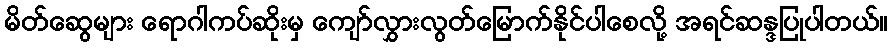
မိတ်ဆွေများ ရောဂါကပ်ဆိုးမှ ကျော်လွှားလွတ်မြောက်နိုင်ပါစေလို့ အရင်ဆန္ဒပြုပါတယ်။